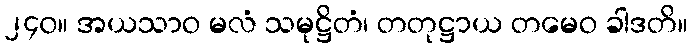
၂၄၀။ အယသာဝ မလံ သမုဋ္ဌိတံ၊ တတုဋ္ဌာယ တမေဝ ခါဒတိ။